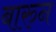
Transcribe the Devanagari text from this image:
बारुन